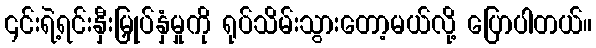
၎င်းရဲ့ရင်းနှီးမြှုပ်နှံမှုကို ရုပ်သိမ်းသွားတော့မယ်လို့ ပြောပါတယ်။